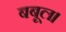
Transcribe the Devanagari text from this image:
बबूल।